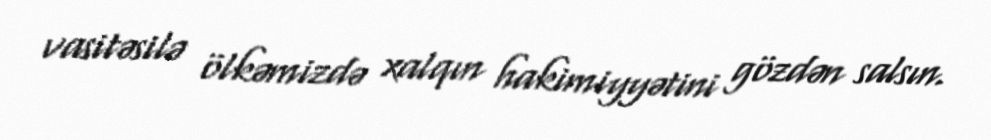
vasitəsilə ölkəmizdə xalqın hakimiyyətini gözdən salsın.